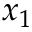
x _ { 1 }